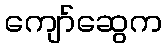
ကျော်ဆွေက